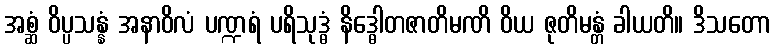
အစ္ဆံ ဝိပ္ပသန္နံ အနာဝိလံ ပဏ္ဍရံ ပရိသုဒ္ဓံ နိဒ္ဓေါတဇာတိမဏိ ဝိယ ဇုတိမန္တံ ခါယတိ။ ဒိသတော